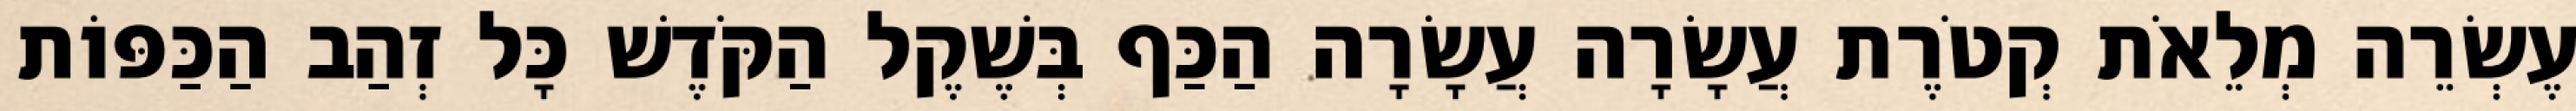
עֶשְׂרֵה מְלֵאֹת קְטֹרֶת עֲשָׂרָה עֲשָׂרָה הַכַּף בְּשֶׁקֶל הַקֹּדֶשׁ כָּל זְהַב הַכַּפּוֹת